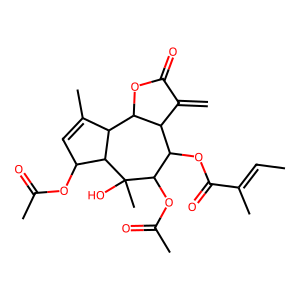
SMILES: C=C1C(=O)OC2C1C(OC(=O)C(C)=CC)C(OC(C)=O)C(C)(O)C1C(OC(C)=O)C=C(C)C21
Inhibits HIV replication: No